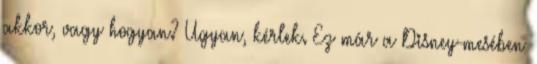
akkor, vagy hogyan? Ugyan, kérlek. Ez már a Disney-mesében